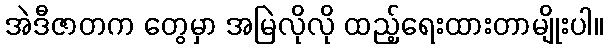
အဲဒီဇာတက တွေမှာ အမြဲလိုလို ထည့်ရေးထားတာမျိုးပါ။